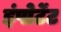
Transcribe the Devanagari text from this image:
इंपोर्टेंट